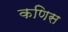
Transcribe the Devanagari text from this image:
कणिस